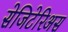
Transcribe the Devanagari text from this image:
सेजिटेरिअस